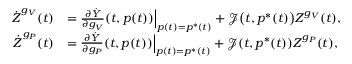
\begin{array} { r l } { \Dot { \boldsymbol { Z } } ^ { g _ { V } } ( t ) } & { = \frac { \partial \Dot { \boldsymbol { Y } } } { \partial g _ { V } } ( t , p ( t ) ) \Big | _ { p ( t ) = p ^ { * } ( t ) } + \mathcal { J } \big ( t , p ^ { * } ( t ) \big ) \boldsymbol { Z } ^ { g _ { V } } ( t ) , } \\ { \Dot { \boldsymbol { Z } } ^ { g _ { P } } ( t ) } & { = \frac { \partial \Dot { \boldsymbol { Y } } } { \partial g _ { P } } ( t , p ( t ) ) \Big | _ { p ( t ) = p ^ { * } ( t ) } + \mathcal { J } ( t , p ^ { * } ( t ) ) \boldsymbol { Z } ^ { g _ { P } } ( t ) , } \end{array}